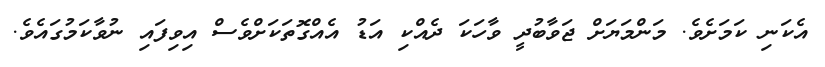
އެކަނި ކަމަށެވެ. މަންމަޔަށް ޖަވާބުދީ ވާހަކަ ދެއްކި އަޑު އެއްގޮތަކަށްވެސް އިވިފައި ނުވާކަމުގައެވެ.